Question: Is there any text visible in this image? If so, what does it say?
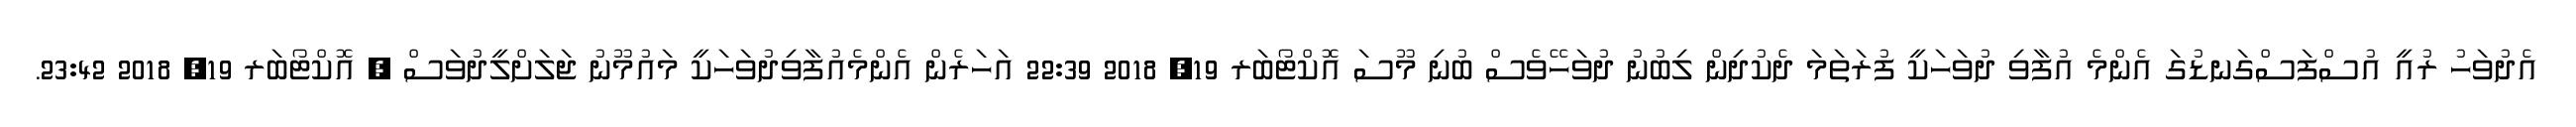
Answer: އެދުވަހު ރުއީ އުސްފަސްގަނޑުގަ އެންމެ އުފާވި ދުވަހަކީ ފުރަތަމަ ދެކުދިން ލިބުނު ދުވަހޭވެސް ބުނި މޫސަ އޮކްޓޯބަރ 19, 2018 22:39 އަހަރެން އެންމެއުފާވިދުވަހަކީ މައުމޫނު ޖަލަށްލީދުވަސް ? އޮކްޓޯބަރ 19, 2018 23:42.